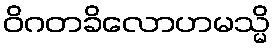
ဝိဂတခိလောဟမသ္မိ